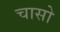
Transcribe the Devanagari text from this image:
चासो